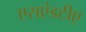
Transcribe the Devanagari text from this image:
एसएंडटीए